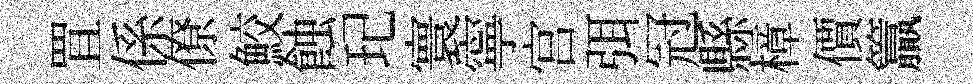
罝係僚鮫蝕玘寰寧宫弭冠縣樟價籯